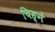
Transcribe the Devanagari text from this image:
चिह्नें